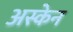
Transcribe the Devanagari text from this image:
अस्केन